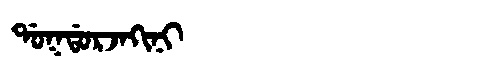
Manchu: ᡩᠣᡴᡩᠣᡵᠵᠠᡴᡳᠨᡳ
Romanization: DOKDORJAKINI